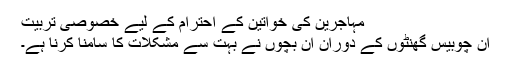
مہاجرين کی خواتين کے احترام کے لیے خصوصی تربیت
ان چوبیس گھنٹوں کے دوران ان بچوں نے بہت سے مشکلات کا سامنا کرنا ہے۔